Civil Veterinary Department Bihar reports 1936-40 - 1936-1940
Year: 1936
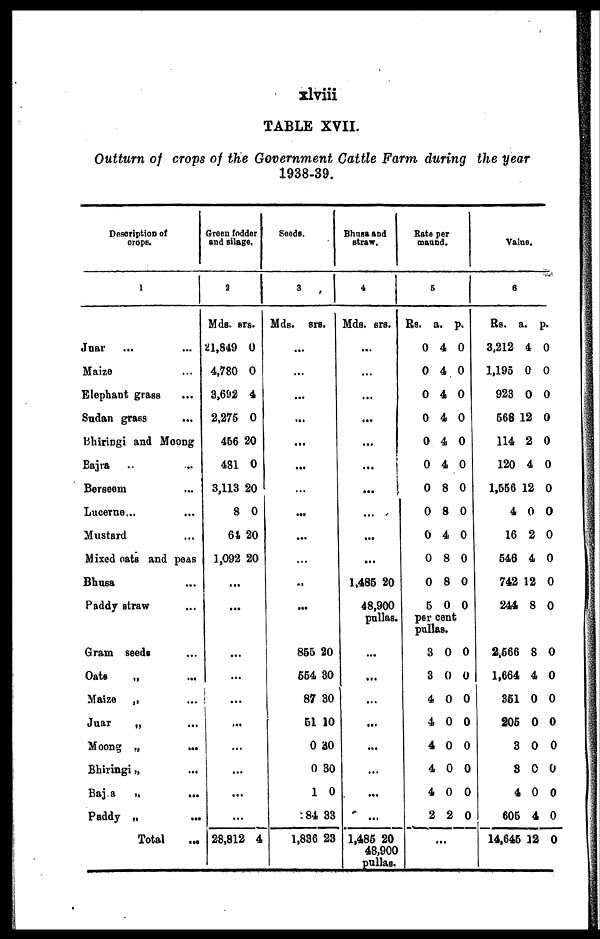
xlviii
TABLE XVII.
Outturn of crops of the Government Cattle Farm during the year
1938-39.
Description of
crops.
1
Juar ... ...
Maize ...
Elephant grass ...
Sudan grass ...
Bhiringi and Moong ...
Bajra ... ...
Berseem ...
Lucerne ... ...
Mustard ...
Mixed oats and peas
Bhusa ...
Paddy straw ...
Gram seeds ...
Oats
„
...
Maize „ ...
Juar
„ ...
Moong „
...
Bhiringi „ ...
Bajra
„ ...
Paddy „
...
Total
Green fodder
and silage,
2
Mds. srs.
21,849 0
4,780 0
3,692 4
2,275 0
456 20
481 0
3,113 20
8 0
64 20
1,092 20
...
...
...
...
...
...
...
...
...
...
28,812 4
Seeds.
3
Mds. srs.
...
...
...
...
...
...
...
...
...
...
..
...
855 20
554 30
87 30
51 10
0 30
0 30
1 0
584 33
1,836 23
Bhusa and
straw.
4
Mds. srs.
...
...
...
...
...
...
...
...
...
...
1,485 20
48,900
pullas.
...
...
...
...
...
...
...
...
1,485 20
48,900
pullas.
Bate per
maund.
5
Rs. a. p.
0 4 0
0 4 0
0 4 0
0 4 0
0 4 0
0 4 0
0 8 0
0 8 0
0 4 0
0 8 0
0 8 0
5 0 0
per cent
pullas.
3 0 0
3 0 0
4 0 0
4 0 0
4 0 0
4 0 0
4 0 0
2 2 0
...
Value.
6
Rs. a. p.
3,212 4 0
1,195 0 0
923 0 0
568 12 0
114 2 0
120 4 0
1,556 12 0
4 0 0
16 2 0
546 4 0
742 12 0
244 8 0
2,566 8 0
1,664 4 0
351 0 0
205 0 0
3 0 0
8 0 0
4 0 0
605 4 0
14,645 12 0